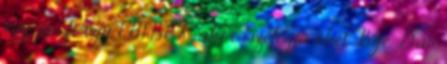
egy profi, egy EMBER, aki összefogja őket Bye, Dan